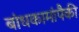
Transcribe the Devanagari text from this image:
बांधकामांपैकी